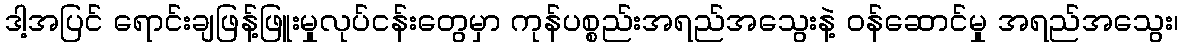
ဒါ့အပြင် ရောင်းချဖြန့်ဖြူးမှုလုပ်ငန်းတွေမှာ ကုန်ပစ္စည်းအရည်အသွေးနဲ့ ဝန်ဆောင်မှု အရည်အသွေး၊